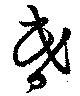
昏